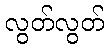
လွတ်လွတ်